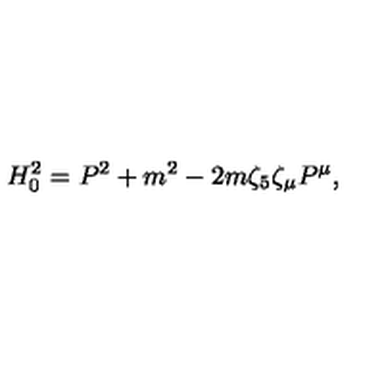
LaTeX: H _ { 0 } ^ { 2 } = P ^ { 2 } + m ^ { 2 } - 2 m \zeta _ { 5 } \zeta _ { \mu } P ^ { \mu } ,